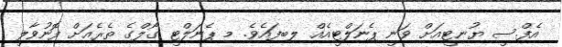
އެފް.ސީ ޔުނިޓީއަށް ވަނީ ޕެނަލްޓީއެއް ލިބިފައެވެ. މި ޕެނަލްޓީ ގޯލްގެ ތެރެއަށް ފޮނުވާލީ